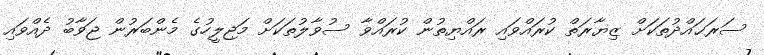
ސަރަޙައްދުތަކަށް ޒިޔާރަތް ކުރައްވައި ރައްޔިތުން ކުރައްވާ ސުވާލުތަކަށް މަޖިލީހުގެ މެންބަރުން ޖަވާބު ދެއްވައި